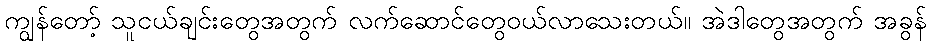
ကျွန်တော့် သူငယ်ချင်းတွေအတွက် လက်ဆောင်တွေဝယ်လာသေးတယ်။ အဲဒါတွေအတွက် အခွန်